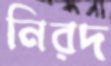
নিরদ